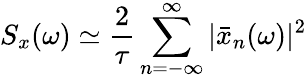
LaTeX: S_{x}(\omega)\simeq\frac{2}{\tau}\sum_{n=-\infty}^{\infty}|\bar{x}_{n}(\omega)|^{2}